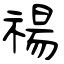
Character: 禓